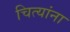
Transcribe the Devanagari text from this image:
चित्यांना